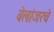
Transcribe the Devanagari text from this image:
बेलांजरचे